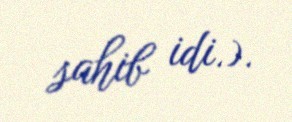
sahib idi.).